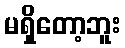
မရှိတော့ဘူး